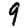
Digit: 9